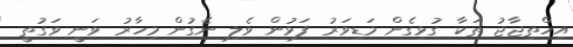
އިހްތިޖާޖު ތަކާ ގުޅިގެން މަޑިވަރު ފަޅުން ވެލި ނެގުން މިހާރު ވަނީ ވަގުތީ